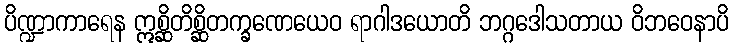
ပိဏ္ဍာကာရေန ဣစ္ဆိတိစ္ဆိတက္ခဏေယေဝ ရာဂါဒယောတိ ဘဂ္ဂဒေါသတာယ ဝိဘဝေနာပိ